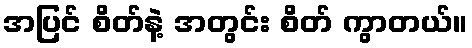
အပြင် စိတ်နဲ့ အတွင်း စိတ် ကွာတယ်။